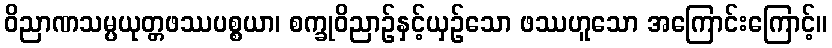
ဝိညာဏသမ္ပယုတ္တဖဿပစ္စယာ၊ စက္ခုဝိညာဉ်နှင့်ယှဉ်သော ဖဿဟူသော အကြောင်းကြောင့်။